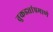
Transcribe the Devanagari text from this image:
तुकड्यांप्रमाणे